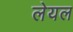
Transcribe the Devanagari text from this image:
लेयल